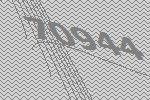
70944